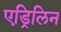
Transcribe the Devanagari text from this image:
एड्रिलिन